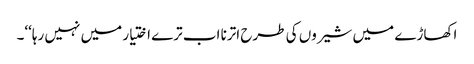
اکھاڑے میں شیروں کی طرح اترنا اب ترے اختیار میں نہیں رہا‘‘۔